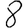
Digit: 8